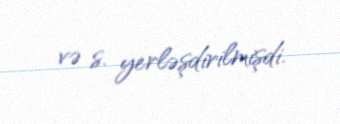
və s. yerləşdirilmişdi.